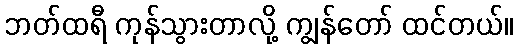
ဘတ်ထရီ ကုန်သွားတာလို့ ကျွန်တော် ထင်တယ်။